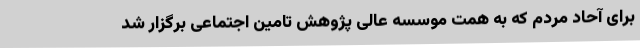
برای آحاد مردم که به همت موسسه عالی پژوهش تامین اجتماعی برگزار شد